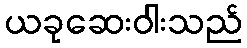
ယခုဆေးဝါးသည်